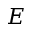
E